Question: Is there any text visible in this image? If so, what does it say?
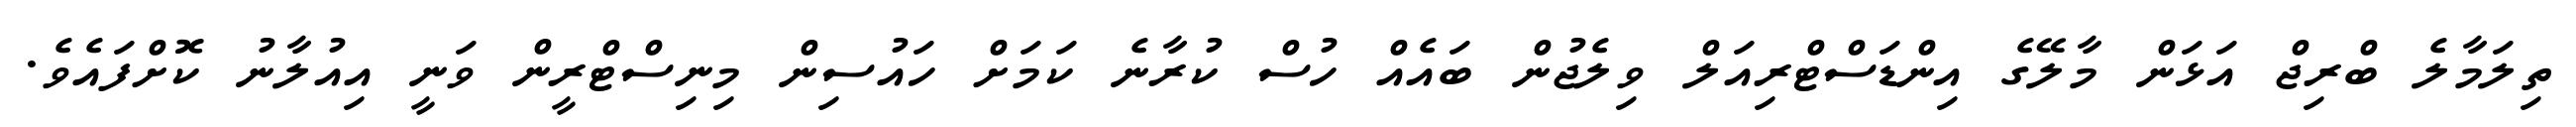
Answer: ތިލަމާލެ ބްރިޖް އަޅަން މާލޭގެ އިންޑަސްޓްރިއަލް ވިލެޖުން ބައެއް ހުސް ކުރާނެ ކަމަށް ހައުސިން މިނިސްޓްރީން ވަނީ އިއުލާނު ކޮށްފައެވެ.